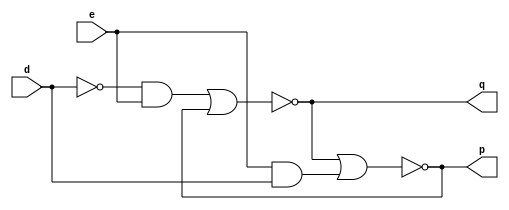
//Design:

module d_latch(e,d,q,p);
input e,d;
output q,p;
wire w1,w2,w3;
and a1(w1,(~d),e);
and a2(w2,e,d);
nor n1(q,w1,p);
nor n2(p,q,w2);
endmodule

//Test Bench:

module d_latch_tb();
reg e,d;
wire q,p;
d_latch d1(e,d,q,p);
initial
begin
	$monitor($time," E=%b D=%b Q=%b Q'=%b",e,d,q,p);
end
initial
begin
	e=1'b0; d=1'b0;
	#5;
	e=1'b0; d=1'b1;
	#5;
	e=1'b1; d=1'b0;
	#5;	
	e=1'b1; d=1'b1;
	#5;	
end
initial
begin
$dumpfile("d_latch.dump");
$dumpvars(0,d_latch_tb);
end
endmodule